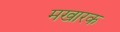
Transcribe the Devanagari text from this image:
मखारक